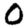
Digit: 0